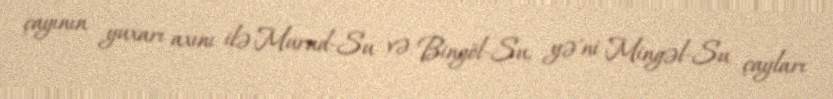
çayının yuxarı axını ilə Murad-Su və Bingöl-Su, yə'ni Mingəl-Su çayları